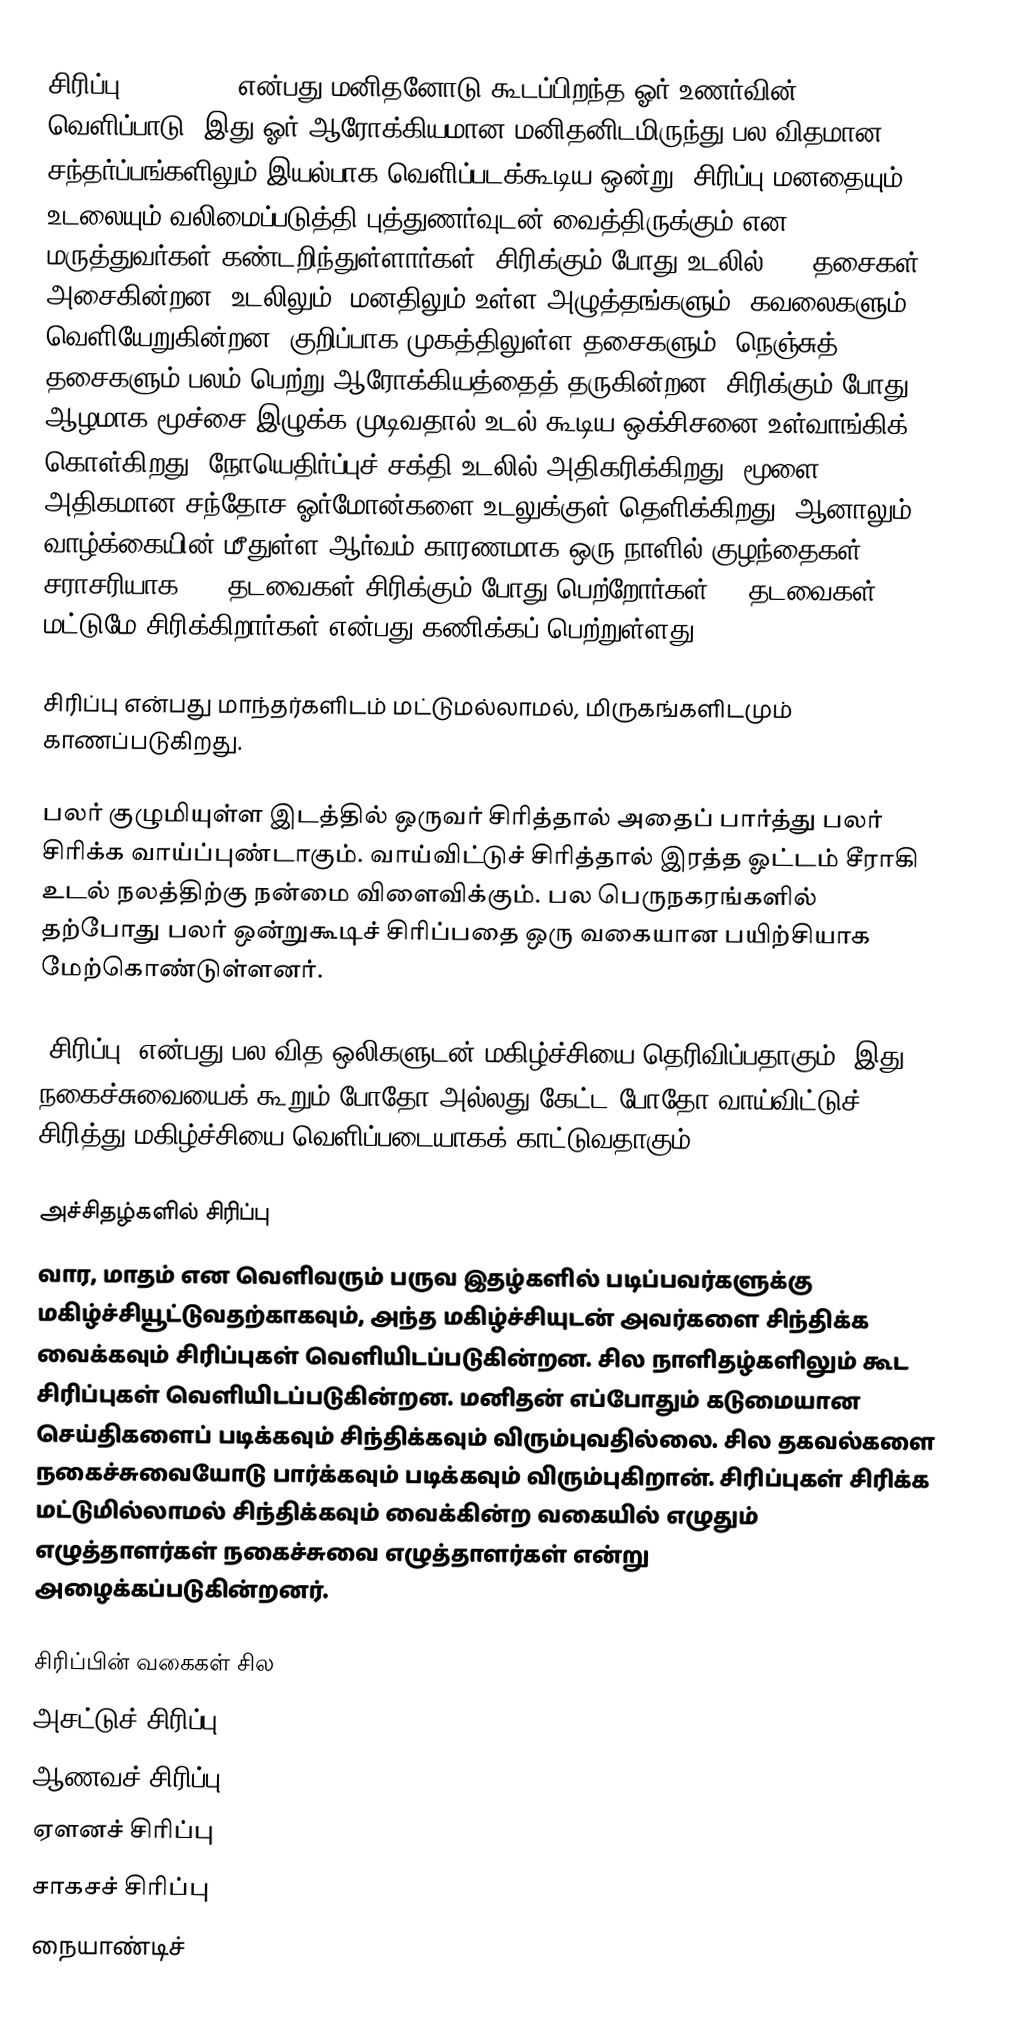
சிரிப்பு (Laughter) என்பது மனிதனோடு கூடப்பிறந்த ஓர் உணர்வின் வெளிப்பாடு. இது ஓர் ஆரோக்கியமான மனிதனிடமிருந்து பல விதமான சந்தர்ப்பங்களிலும் இயல்பாக வெளிப்படக்கூடிய ஒன்று. சிரிப்பு மனதையும், உடலையும் வலிமைப்படுத்தி புத்துணர்வுடன் வைத்திருக்கும் என மருத்துவர்கள் கண்டறிந்துள்ளார்கள்.  சிரிக்கும் போது உடலில் 300 தசைகள் அசைகின்றன.  உடலிலும், மனதிலும் உள்ள அழுத்தங்களும், கவலைகளும் வெளியேறுகின்றன. குறிப்பாக முகத்திலுள்ள தசைகளும், நெஞ்சுத் தசைகளும் பலம் பெற்று ஆரோக்கியத்தைத் தருகின்றன. சிரிக்கும் போது ஆழமாக மூச்சை இழுக்க முடிவதால் உடல் கூடிய ஒக்சிசனை உள்வாங்கிக் கொள்கிறது. நோயெதிர்ப்புச் சக்தி உடலில் அதிகரிக்கிறது. மூளை அதிகமான சந்தோச ஓர்மோன்களை உடலுக்குள் தெளிக்கிறது. ஆனாலும் வாழ்க்கையின் மீதுள்ள ஆர்வம் காரணமாக ஒரு நாளில் குழந்தைகள் சராசரியாக 400 தடவைகள் சிரிக்கும் போது பெற்றோர்கள் 15 தடவைகள் மட்டுமே சிரிக்கிறார்கள் என்பது கணிக்கப் பெற்றுள்ளது.

சிரிப்பு என்பது மாந்தர்களிடம் மட்டுமல்லாமல், மிருகங்களிடமும் காணப்படுகிறது.

பலர் குழுமியுள்ள இடத்தில் ஒருவர் சிரித்தால் அதைப் பார்த்து பலர் சிரிக்க வாய்ப்புண்டாகும். வாய்விட்டுச் சிரித்தால் இரத்த ஓட்டம் சீராகி உடல் நலத்திற்கு நன்மை விளைவிக்கும். பல பெருநகரங்களில் தற்போது பலர் ஒன்றுகூடிச் சிரிப்பதை ஒரு வகையான பயிற்சியாக மேற்கொண்டுள்ளனர்.

"சிரிப்பு" என்பது பல வித ஒலிகளுடன் மகிழ்ச்சியை தெரிவிப்பதாகும். இது நகைச்சுவையைக் கூறும் போதோ அல்லது கேட்ட போதோ வாய்விட்டுச் சிரித்து மகிழ்ச்சியை வெளிப்படையாகக் காட்டுவதாகும்.

அச்சிதழ்களில் சிரிப்பு
வார, மாதம் என வெளிவரும் பருவ இதழ்களில் படிப்பவர்களுக்கு மகிழ்ச்சியூட்டுவதற்காகவும், அந்த மகிழ்ச்சியுடன் அவர்களை சிந்திக்க வைக்கவும் சிரிப்புகள் வெளியிடப்படுகின்றன. சில நாளிதழ்களிலும் கூட சிரிப்புகள் வெளியிடப்படுகின்றன. மனிதன் எப்போதும் கடுமையான செய்திகளைப் படிக்கவும் சிந்திக்கவும் விரும்புவதில்லை. சில தகவல்களை நகைச்சுவையோடு பார்க்கவும் படிக்கவும் விரும்புகிறான். சிரிப்புகள் சிரிக்க மட்டுமில்லாமல் சிந்திக்கவும் வைக்கின்ற வகையில் எழுதும் எழுத்தாளர்கள் நகைச்சுவை எழுத்தாளர்கள் என்று அழைக்கப்படுகின்றனர்.

சிரிப்பின் வகைகள் சில
 அசட்டுச் சிரிப்பு
 ஆணவச் சிரிப்பு
 ஏளனச் சிரிப்பு
 சாகசச் சிரிப்பு
 நையாண்டிச்